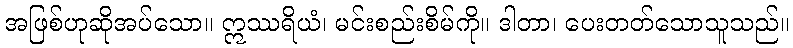
အဖြစ်ဟုဆိုအပ်သော။ ဣဿရိယံ၊ မင်းစည်းစိမ်ကို။ ဒါတာ၊ ပေးတတ်သောသူသည်။